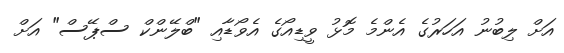
އަށް ލިބުނު އަހަރުގެ އެންމެ މޮޅު ވީޑިއޯގެ އެވޯޑާއި "ބްލޭންކް ސްޕޭސް" އަށް